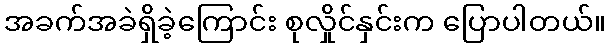
အခက်အခဲရှိခဲ့ကြောင်း စုလှိုင်နှင်းက ပြောပါတယ်။